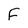
Character: F